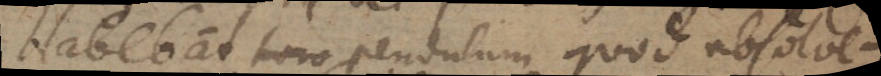
Habebat pendulum quod absolve-